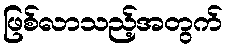
ဖြစ်လာသည့်အတွက်